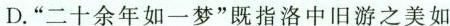
D.”二十余年如一梦”既指洛中旧游之美如